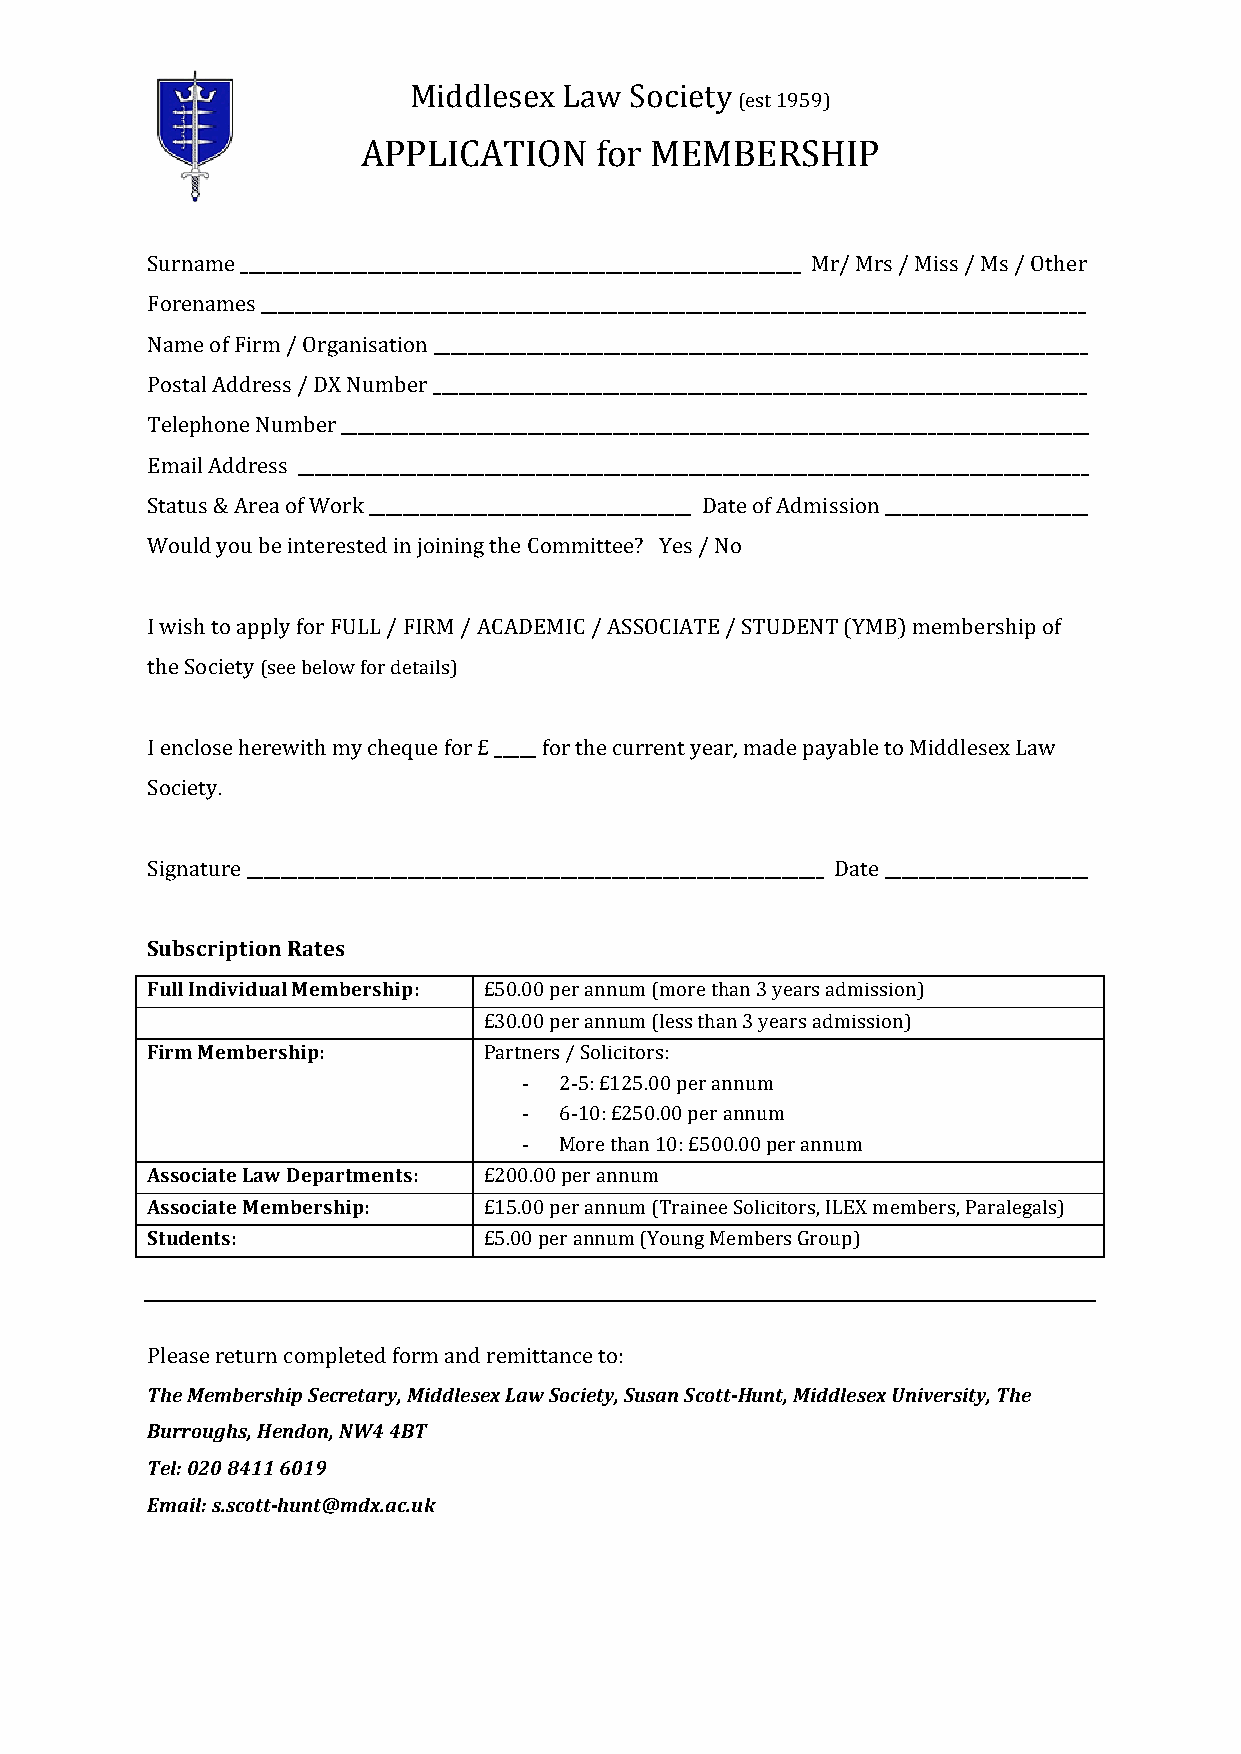
Middlesex Law  Society
 (est 1959)
 APPLICATION    for MEMBERSHIP
 Surname __________________________________________________________________ Mr/ Mrs / Miss / Ms / Other
 Forenames _________________________________________________________________________________________________
 Name of Firm / Organisation _____________________________________________________________________________
 Postal Address / DX Number _____________________________________________________________________________
 Telephone Number ________________________________________________________________________________________
 Email Address _____________________________________________________________________________________________
 Status & Area of Work ______________________________________ Date of Admission ________________________
 Would you be interested in joining the Committee? Yes / No
 I wish to apply for FULL / FIRM / ACADEMIC / ASSOCIATE / STUDENT (YMB) membership of
 the Society (see below for details)
 I enclose herewith my cheque for £ _____ for the current year, made payable to Middlesex Law
 Society.
 Signature ____________________________________________________________________ Date ________________________
 Subscription Rates
 Full Individual Membership: £50.00 per annum (more than 3 years admission)
 £30.00 per annum (less than 3 years admission)
 Firm Membership:      Partners / Solicitors:
 -­‐ 2-­‐5: £125.00 per annum
 -­‐ 6-­‐10: £250.00 per annum
 -­‐ More than 10: £500.00 per annum
 Associate Law Departments: £200.00 per annum
 Associate Membership: £15.00 per annum (Trainee Solicitors, ILEX members, Paralegals)
 Students:             £5.00 per annum (Young Members Group)
 Please return completed form and remittance to:
 The Membership Secretary, Middlesex Law Society, Susan Scott-­‐Hunt, Middlesex University, The
 Burroughs, Hendon, NW4 4BT
 Tel: 020 8411 6019
 Email: s.scott-­‐hunt@mdx.ac.uk